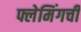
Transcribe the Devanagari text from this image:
फ्लेमिंगची